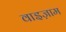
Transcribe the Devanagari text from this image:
वाइज़ाम